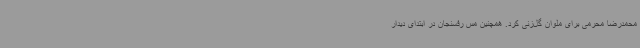
محمدرضا محرمی برای ملوان گل‌زنی کرد. همچنین مس رفسنجان در ابتدای دیدار